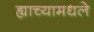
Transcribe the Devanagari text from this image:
ह्याच्यामधले